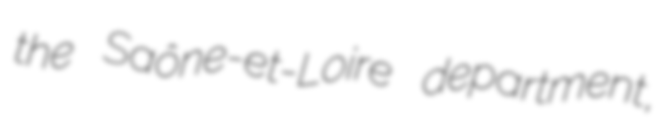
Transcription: the Saône-et-Loire department,